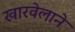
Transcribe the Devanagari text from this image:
खारवेलाने